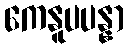
ကေနူပပန္နာ